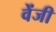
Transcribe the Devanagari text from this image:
वेंजी